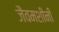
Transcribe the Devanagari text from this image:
जैवमशीनी